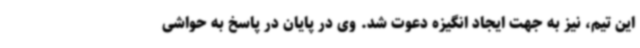
این تیم، نیز به جهت ایجاد انگیزه دعوت شد. وی در پایان در پاسخ به حواشی